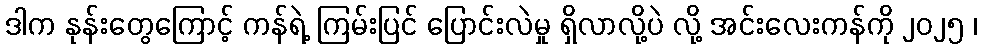
ဒါက နုန်းတွေကြောင့် ကန်ရဲ့ ကြမ်းပြင် ပြောင်းလဲမှု ရှိလာလို့ပဲ လို့ အင်းလေးကန်ကို ၂၀၂၅ ၊